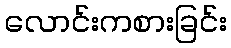
လောင်းကစားခြင်း